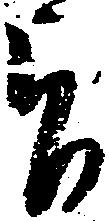
旨